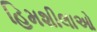
હિમશીલાઓ